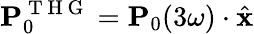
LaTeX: \mathbf{P}_{0}^{\mathrm{~T~H~G~}}=\mathbf{P}_{0}(3\omega)\cdot\hat{\mathbf{x}}